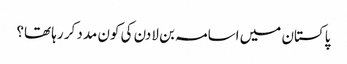
پاکستان میں اسامہ بن لادن کی کون مدد کر رہا تھا؟